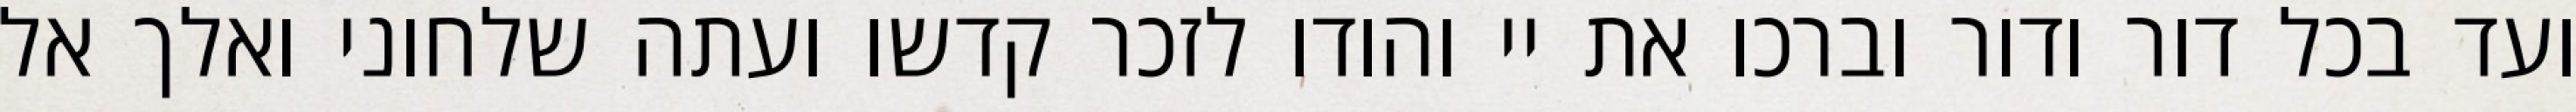
ועד בכל דור ודור וברכו את יי והודו לזכר קדשו ועתה שלחוני ואלך אל